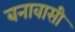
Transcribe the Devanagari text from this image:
बनावासी